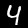
Label: 4